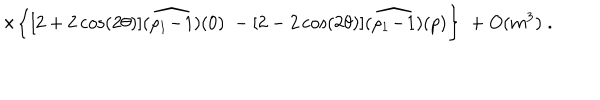
LaTeX: \times \bigg \{ [ 2 + 2 \cos ( 2 \theta ) ] \widehat { ( \rho _ { 1 } \! - \! 1 ) } ( 0 ) \; - [ 2 - 2 \cos ( 2 \theta ) ] \widehat { ( \rho _ { 1 } \! - \! 1 ) } ( p ) \bigg \} \; + O ( m ^ { 3 } ) \; .